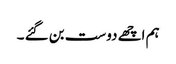
ہم اچھے دوست بن گئے ۔